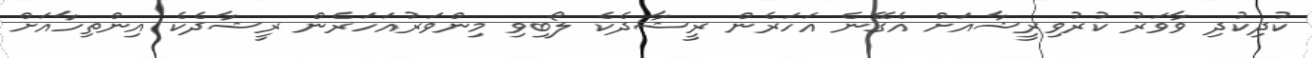
ކުދިކުދި ވާވަރު ކުރުވިރީޝާއަށް އެގޭނެ އަހަރެން ރީޝާދެކެ ލޯބިވި މިންވަރުއަހަރެން ރީޝާދެކެ އިންތިހާއަށް